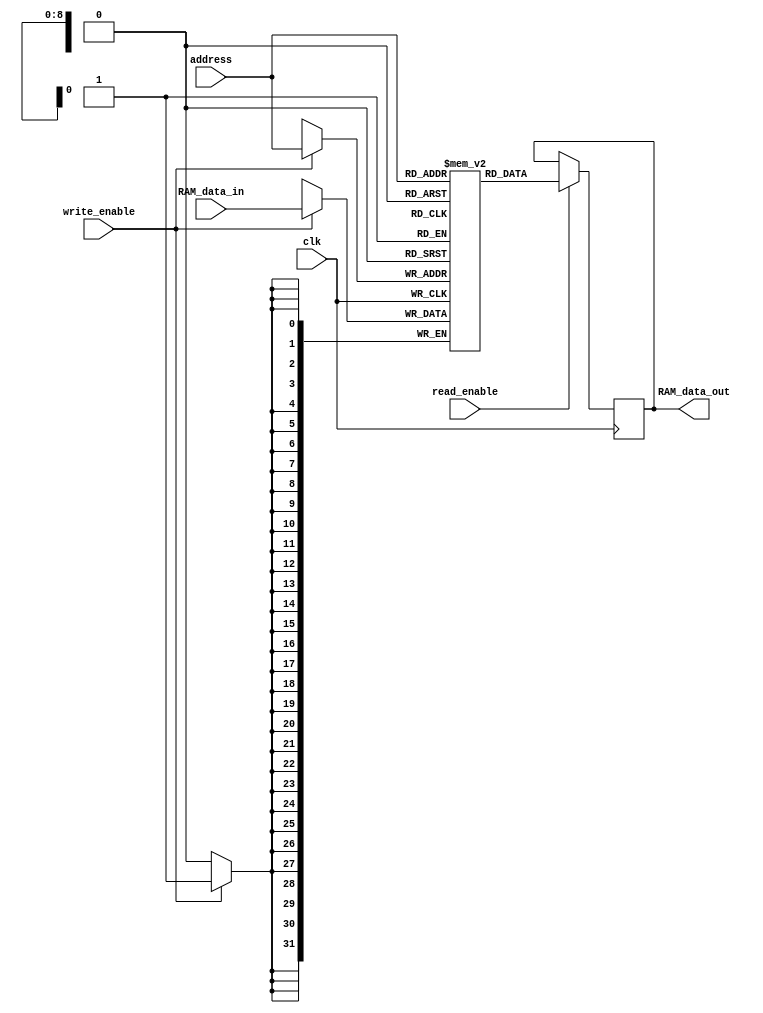
module ram #(parameter init_RAM_data_out = 0)(
    output reg [31:0] RAM_data_out,
    input [31:0] RAM_data_in,
    input [8:0] address,
    input wire clk,
    input write_enable, 
          read_enable
);
 
//Note the address will always be log_2(data_in_size). 
//SO 32 bit data size means 5 bit address size because 5^2 addressable locations

reg [31:0] mem [511:0]; //[Size] name [quantity]

initial begin
    // $readmemb("mem_init.mif", mem); //Read the memory contents of MIF file and initialize memory
    // mem[0] = 32'h00800075; // ld R1, $75 =>   00800075 =>  0000 0000 1000 0000 0000 0000 0111 0101
    // mem[1] = 32'h00080045; // ld R0, $45(R1)  00080045 =>  0000 0000 0000 1000 0000 0000 0100 0101
    // mem[2] = 32'h08800075; // ldi R1, $75 =>  08800075 =>  0000 1000 1000 0000 0000 0000 0111 0101
    // mem[3] = 32'h08080045; // ldi R0, $45(R1) 08080045 =>  0000 1000 0000 1000 0000 0000 0100 0101  + 1 = 0000 1000 0000 1000 0000 0000 0100 0110
    // mem[4] = 32'h12000090; // st $90, R4      12000090 =>  0001 0010 0000 0000 0000 0000 1001 0000
    // mem[5] = 32'h12200090; // st $90 (R4), R4 12200090 =>  0001 0010 0010 0000 0000 0000 1001 0000
    // mem[6] = 32'h611FFFFD; // addi R2, R3, -3
    // mem[7] = 32'h71180025; // ori R2, R3, $25
    // mem[8] = 32'h9B000019; //brzr R6, 25      9B000019 =>  1001 1011 0000 0000 0000 0000 0001 1001
    // mem[9] = 32'h9B080019; //brnz R6, 25
    // mem[10] = 32'h9B100019; //brpl R6, 25
    // mem[11] = 32'h9B180019; //brmi R6, 25
    // mem[12] = 32'hA1000000; //jr R2
    // mem[13] = 32'hA9780000; //jal R2                        1010 1001 0 111 1000 0000 0000 0000 0000
    // mem[14] = 32'hC2000000; //mfhi R4
    // mem[15] = 32'hCB000000; //mflo R6
    // mem[16] = 32'hB1800000; //in R3
    // mem[17] = 32'h00000000;
    // mem[18] = 32'h00000000;
    // mem[19] = 32'h69180025; // andi R2, R3, $25 ($25 = 0000000000000100101)
    // mem[20] = 32'hB9000000; // out R2
    // // DATA VALUES
    // mem[70] =  32'hFFFFFFF0; // Value at $45 + 1
    // mem[117] = 32'hFFFFFFF0; //Value at $75 (hex) => 117 decimal
    // mem[144] = 32'h00000000; //Memory address where R4 (contains $67) will store its contents
    // mem[247] = 32'h00000000; //Memory address where $90(R4) (contains $67) will store its contents

    // phase 3 program instructions loading
    mem[0] = 32'h08800002; // ldi R1, 2 ; R1 = 2
    mem[1] = 32'h08080000; // ldi R0, 0(R1) ; R0 = 2
    mem[2] = 32'h01000068; // ld R2, $68 ; R2 = ($68) = $55
    mem[3] = 32'h0917FFFC; // ldi R2, -4(R2) ; R2 = $51
    mem[4] = 32'h00900001; // ld R1, 1(R2) ; R1 = ($52) = $26
    mem[5] = 32'h09800069; // ldi R3, $69 ; R3 = $69
    mem[6] = 32'h99980004; // brmi R3, 4 ; continue with the next instruction (will not branch)
    mem[7] = 32'h09980002; // ldi R3, 2(R3) ; R3 = $6B
    mem[8] = 32'h039FFFFD; // ld R7, -3(R3) ; R7 = ($6B - 3) = $55
    mem[9] = 32'hD0000000; // nop
    mem[10] = 32'h9B900002; // brpl R7, 2 ; continue with the instruction at target (will branch)
    mem[11] = 32'h09000005; // (Done manually, might be wrong tho lol) ldi R2, 5(R0) ; this instruction will not execute
    mem[12] = 32'h09880002; // ldi R3, 2(R1) ; this instruction will not execute
    mem[13] = 32'h19918000; // add R3, R2, R3 ; R3 = $BC <------- THIS IS TARGET
    mem[14] = 32'h63B80002; // addi R7, R7, 2 ; R7 = $57
    mem[15] = 32'h8BB80000; // neg R7, R7 ; R7 = $FFFFFFA9
    mem[16] = 32'h93B80000; // not R7, R7 ; R7 = $56
    mem[17] = 32'h6BB8000F; // andi R7, R7, $0F ; R7 = 6
    mem[18] = 32'h50880000; // ror R1, R1, R0 ; R1 = $80000009
    mem[19] = 32'h7388001C; // ori R7, R1, $1C ; R7 = $8000001D
    mem[20] = 32'h43B80000; // shra R7, R7, R0 ; R7 = $E0000007
    mem[21] = 32'h39180000; // shr R2, R3, R0 ; R2 = $2F
    mem[22] = 32'h11000052; // st $52, R2 ; ($52) = $2F new value in memory with address $52
    mem[23] = 32'h59100000; // rol R2, R2, R0 ; R2 = $BC
    mem[24] = 32'h31180000; // or R2, R3, R0 ; R2 = $BE
    mem[25] = 32'h28908000; // and R1, R2, R1 ; R1 = $8
    mem[26] = 32'h11880060; // st $60(R1), R3 ; ($68) = $BC new value in memory with address $68
    mem[27] = 32'h21918000; // sub R3, R2, R3 ; R3 = 2
    mem[28] = 32'h48900000; // shl R1, R2, R0 ; R1 = $2F8
    mem[29] = 32'h0A000006; // ldi R4, 6 ; R4 = 6
    mem[30] = 32'h0A800032; // ldi R5, $32 ; R5 = $32
    mem[31] = 32'h7AA00000; // mul R5, R4 ; HI = 0; LO = $12C
    mem[32] = 32'hC3800000; // mfhi R7 ; R7 = 0
    mem[33] = 32'hCB000000; // mflo R6 ; R6 = $12C
    mem[34] = 32'h82A00000; // div R5, R4 ; HI = 2, LO = 8
    mem[35] = 32'h0C27FFFF; // ldi R8, -1(R4) ; R8 = 5 setting up argument registers
    mem[36] = 32'h0CAFFFED; // ldi R9, -19(R5) ; R9 = $1F R8, R9, R10, and R11
    mem[37] = 32'h0D300000; // ldi R10, 0(R6) ; R10 = $12C
    mem[38] = 32'h0DB80000; // ldi R11, 0(R7) ; R11 = 0
    mem[39] = 32'hAD000000; // jal R10 ; address of subroutine subA in R10 - return address in R15
    mem[40] = 32'hD8000000; // halt, upon return, the program halts

    // // subprogram: procedure subA
    mem[300] = 32'h1EC50000; // add R13, R8, R10 ; R12 and R13 are return value registers
    mem[301] = 32'h264D8000; // sub R12, R9, R11 ; R13 = $131, R12 = $1F
    mem[302] = 32'h26EE0000; // sub R13, R13, R12 ; R13 = $112
    mem[303] = 32'hA7800000; // jr R15 ; return from procedure

    mem[104] = 32'h00000055;
    mem[82] = 32'h00000026;

    RAM_data_out = init_RAM_data_out;

end


always @(posedge clk) begin

    // Write the RAM_data_in to memory only when the write enable signal is on
    if (write_enable == 1) begin
        mem[address] <= RAM_data_in;
    end

    //Write data out if read signal is enabled
    if(read_enable == 1) begin
        RAM_data_out <= mem[address]; //Read data from the memory address on every clock cycle
    end
end

endmodule